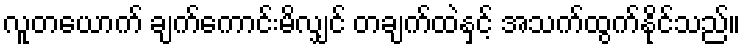
လူတယောက် ချက်ကောင်းမိလျှင် တချက်ထဲနှင့် အသက်ထွက်နိုင်သည်။